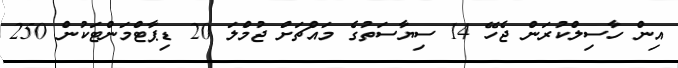
އިން ހާސިލްކުރަން ޖެހޭ 14 ސިޔާސަތުގެ މައްޗަށް ޖުމްލަ 20 ޑިޕާޓްމަންޓަކުން 250